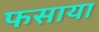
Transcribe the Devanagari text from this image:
फसाया